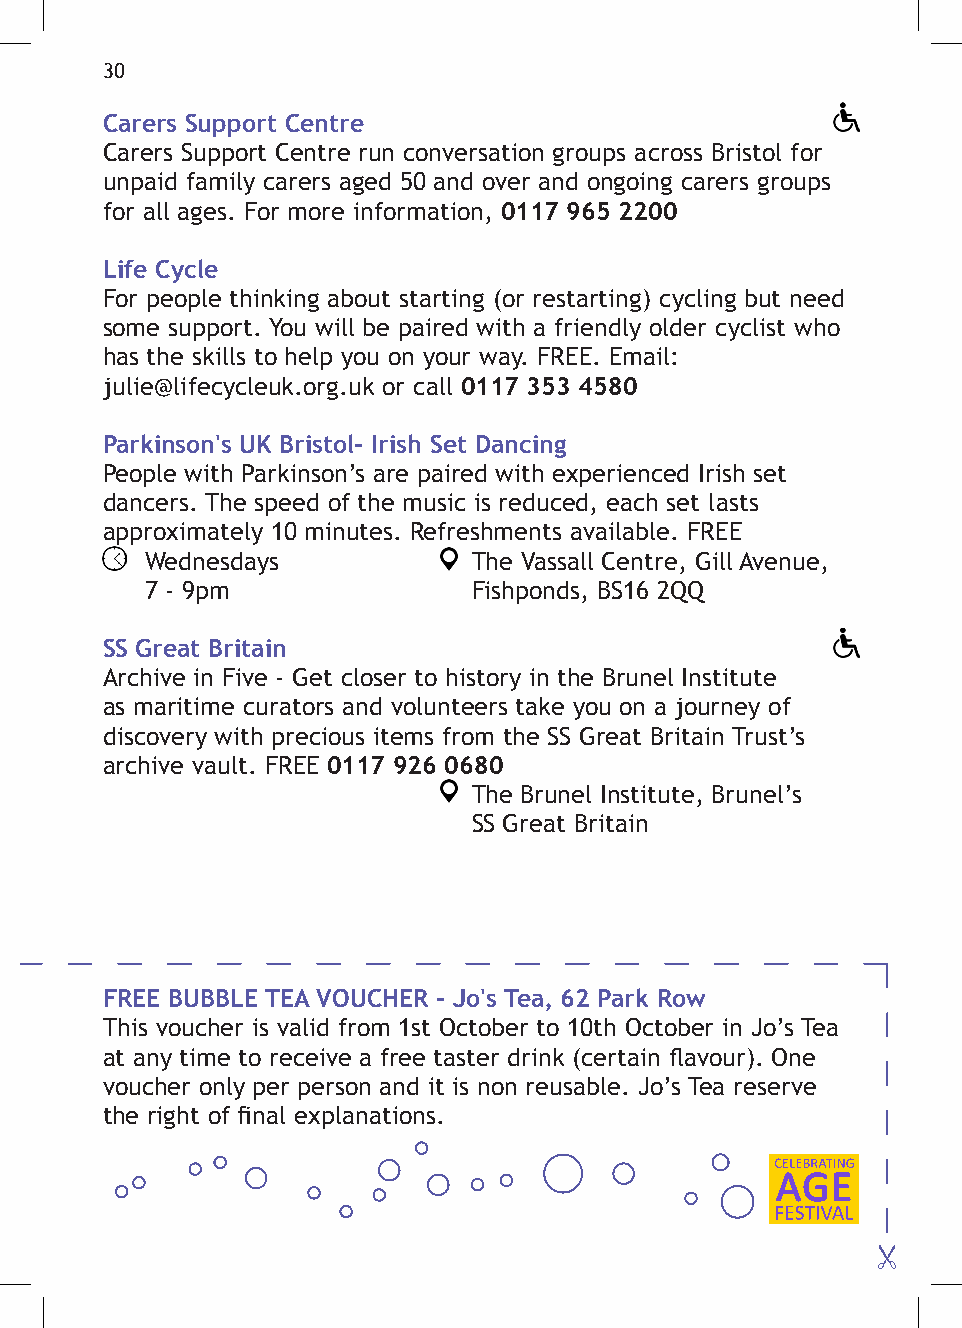
30
 Carers Support Centre
 Carers Support Centre run conversation groups across Bristol for
 unpaid family carers aged 50 and over and ongoing carers groups
 for all ages. For more information, 0117 965 2200
 Life Cycle
 For people thinking about starting (or restarting) cycling but need
 some support. You will be paired with a friendly older cyclist who
 has the skills to help you on your way. FREE. Email:
 julie@lifecycleuk.org.uk or call 0117 353 4580
 Parkinson's UK Bristol- Irish Set Dancing
 People with Parkinson’s are paired with experienced Irish set
 dancers. The speed of the music is reduced, each set lasts
 approximately 10 minutes. Refreshments available. FREE
 Wednesdays           The Vassall Centre, Gill Avenue,
 7 - 9pm              Fishponds, BS16 2QQ
 SS Great Britain
 Archive in Five - Get closer to history in the Brunel Institute
 as maritime curators and volunteers take you on a journey of
 discovery with precious items from the SS Great Britain Trust’s
 archive vault. FREE 0117 926 0680
 The Brunel Institute, Brunel’s
 SS Great Britain
 FREE BUBBLE TEA VOUCHER - Jo's Tea, 62 Park Row
 This voucher is valid from 1st October to 10th October in Jo’s Tea
 at any time to receive a free taster drink (certain flavour). One
 voucher only per person and it is non reusable. Jo’s Tea reserve
 the right of final explanations.
 